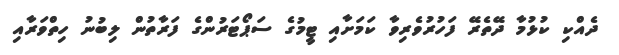
ދެއްކި ކުޅުމާ ދޭތެރޭ ފަހުރުވެރިވާ ކަމަށާއި ޓީމުގެ ސަޕޯޓަރުންގެ ފަރާތުން ލިބުނު ހިތްވަރާއި